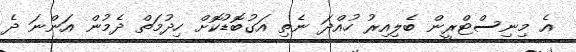
އެ މިނިސްޓްރީން ބެލިއިރު ހުއްދަ ނެތި އަގުބޮޑުކޮށް ހިދުމަތް ދެމުން އަންނަ ދެ